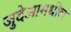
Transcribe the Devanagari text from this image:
जुदेआमधील